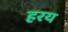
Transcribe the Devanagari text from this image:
हरय